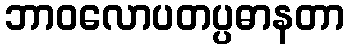
ဘာဝလောပတပ္ပဓာနတာ